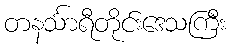
တနင်္သာရီတိုင်းဒေသကြီး